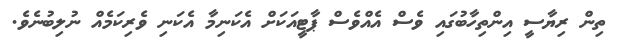
ތިން ރިޔާސީ އިންތިހާބުގައި ވެސް އެއްވެސް ޕާޓީއަކަށް އެކަނިމާ އެކަނި ވެރިކަމެއް ނުލިބުނެވެ.